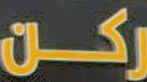
ركن